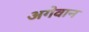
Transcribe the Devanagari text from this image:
अगेवान